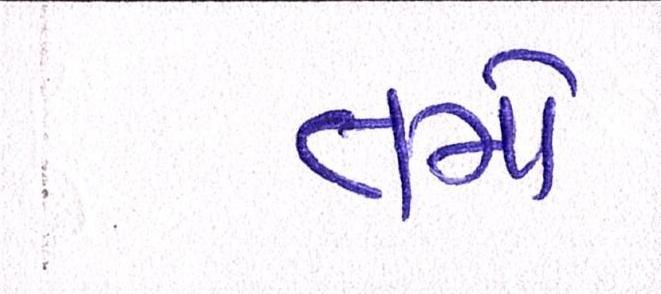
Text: તમો